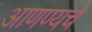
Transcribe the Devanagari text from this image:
आणण्यचे